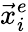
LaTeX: \vec{x}_{i}^{e}